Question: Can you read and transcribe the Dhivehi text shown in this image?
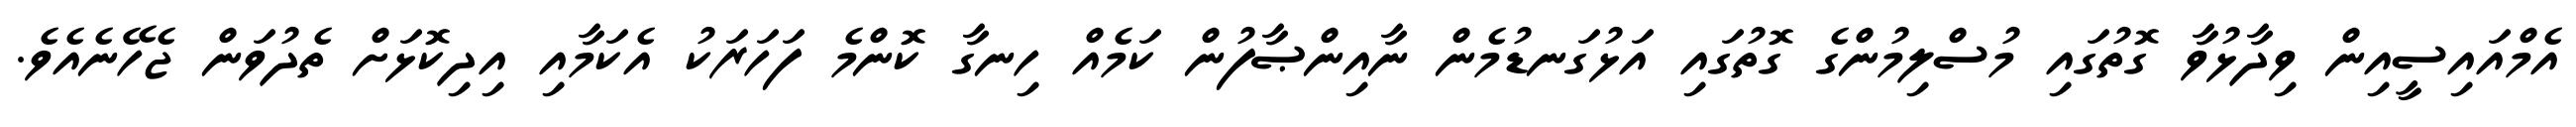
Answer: އެމްއައިސީއިން ވިދާޅުވާ ގޮތުގައި މުސްލިމުންގެ ގޮތުގައި އަޅުގަނޑުމެން ނާއިންޞާފުން ކަމެއް ހިނގާ ކޮންމެ ފަހަރަކު އެކަމާއި އިދިކޮޅަށް ތެދުވަން ޖެހޭނެއެވެ.